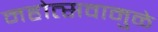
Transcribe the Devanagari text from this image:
महोत्सवामुळे